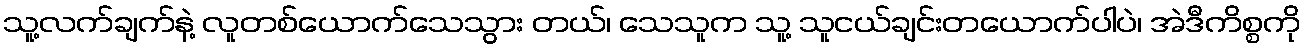
သူ့လက်ချက်နဲ့ လူတစ်ယောက်သေသွား တယ်၊ သေသူက သူ့ သူငယ်ချင်းတယောက်ပါပဲ၊ အဲဒီကိစ္စကို